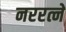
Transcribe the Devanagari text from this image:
नररत्ने